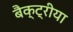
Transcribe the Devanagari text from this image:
बैक्ट्रीया